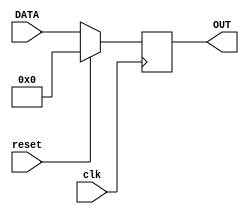
module Register_simple #(
     parameter WIDTH=8)
    (
	  input  clk, reset,
	  input	[WIDTH-1:0] DATA,
	  output reg [WIDTH-1:0] OUT
    );
	
	
always@(posedge clk) begin
	if(reset == 1'b1)
		OUT<={WIDTH{1'b0}};
	else	
		OUT<=DATA;
end
	 
endmodule